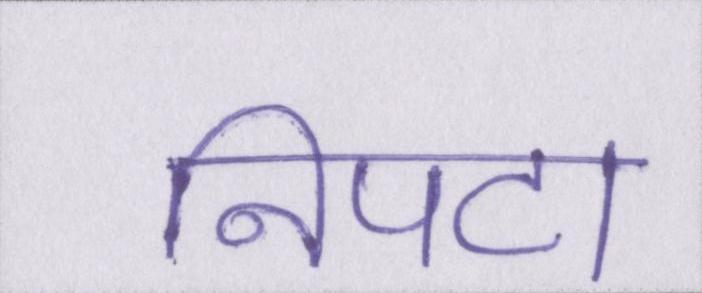
निपटा